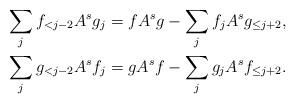
LaTeX: \begin{align*}\sum_j f_{<j-2} A^s g_j = f A^s g - \sum_j f_j A^s g_{\le j+2}, \\\sum_j g_{<j-2} A^s f_j = g A^s f - \sum_j g_j A^s f_{\le j+2}.\end{align*}